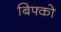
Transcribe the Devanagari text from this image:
बिफ्को